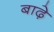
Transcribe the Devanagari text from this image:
बाढ़े